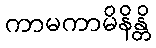
ကာမကာမိနိန္တိ